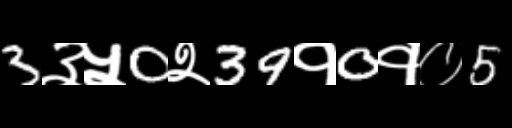
Text: 3३५0२39१0१०5